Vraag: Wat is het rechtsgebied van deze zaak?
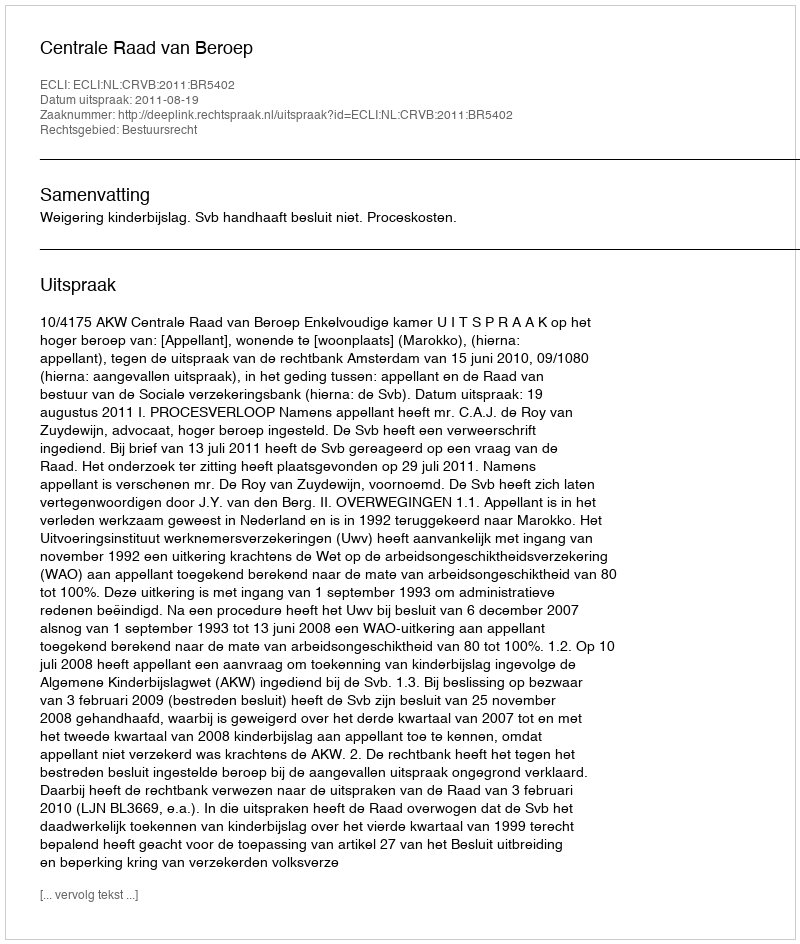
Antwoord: Bestuursrecht